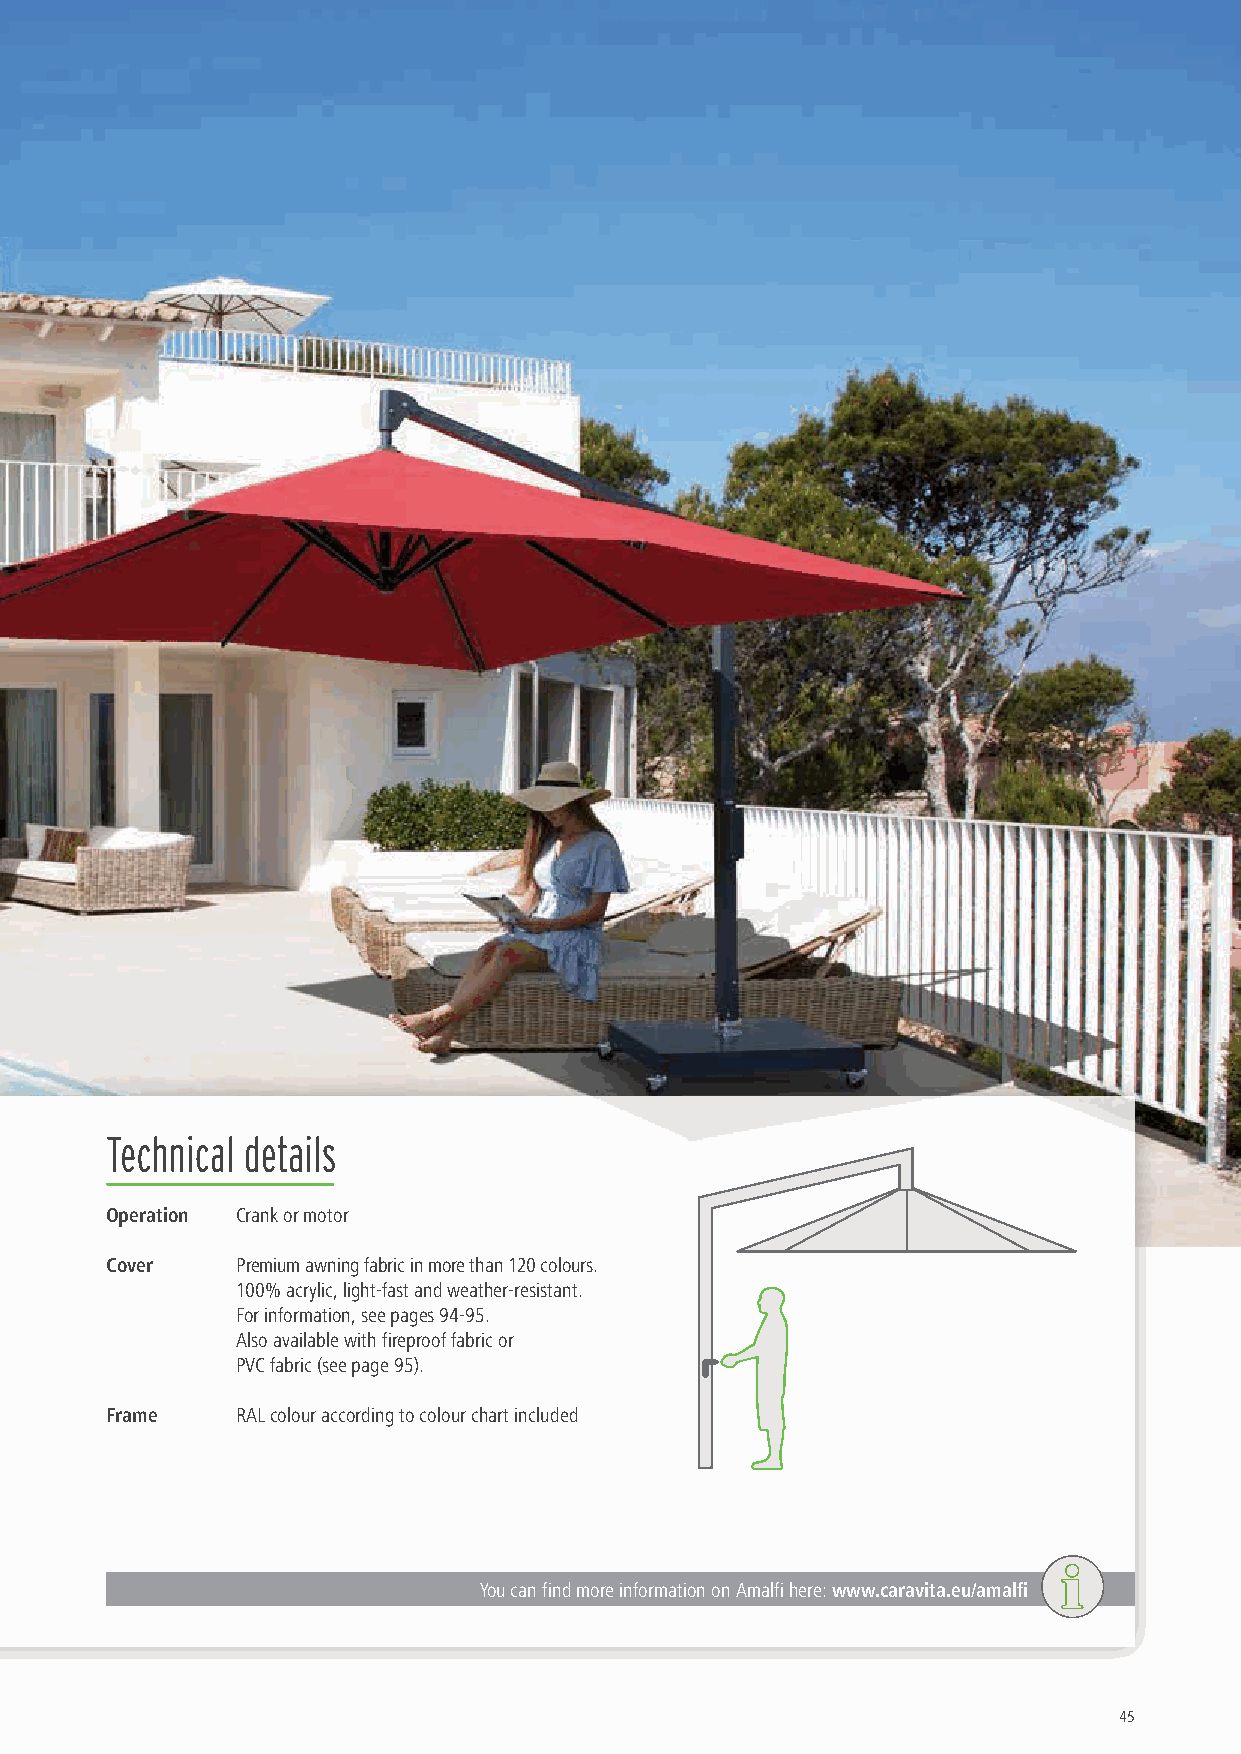
Technical details
 Operation Crank or motor
 Cover    Premium awning fabric in more than 120 colours.
 100% acrylic, light-fast and weather-resistant.
 For information, see pages 94-95.
 Also available with fireproof fabric or
 PVC fabric (see page 95).
 Frame    RAL colour according to colour chart included
 You can find more information on Amalfi here: www.caravita.eu/amalfi
 45